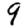
Digit: 9